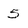
Character: 5